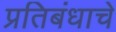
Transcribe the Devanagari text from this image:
प्रतिबंधाचे